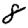
Digit: 8